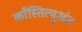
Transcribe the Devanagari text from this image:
काँस्तित्युअंत